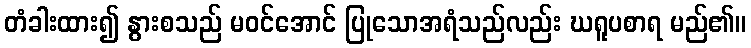
တံခါးထား၍ နွားစသည် မဝင်အောင် ပြုသောအရံသည်လည်း ဃရူပစာရ မည်၏။